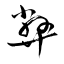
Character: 弊